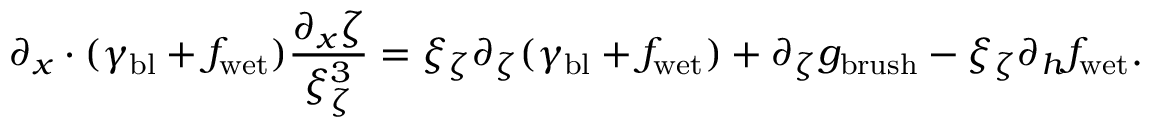
\partial _ { x } \cdot ( \gamma _ { \mathrm { b l } } + f _ { \mathrm { w e t } } ) \frac { \partial _ { x } \zeta } { \xi _ { \zeta } ^ { 3 } } = \xi _ { \zeta } \partial _ { \zeta } ( \gamma _ { \mathrm { b l } } + f _ { \mathrm { w e t } } ) + \partial _ { \zeta } g _ { \mathrm { b r u s h } } - \xi _ { \zeta } \partial _ { h } f _ { \mathrm { w e t } } .